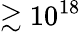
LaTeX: \gtrsim 10^{18}